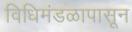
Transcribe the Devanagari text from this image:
विधिमंडळापासून